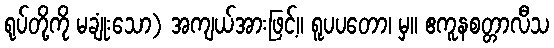
ရုပ်တို့ကို မချုံးသော) အကျယ်အားဖြင့်။ ရူပပတော၊ မှ။ ဧကူနစတ္တာလီသ